Report of the Indian Hemp Drugs Commission, 1894-1895 - Volume VI
Year: 1894
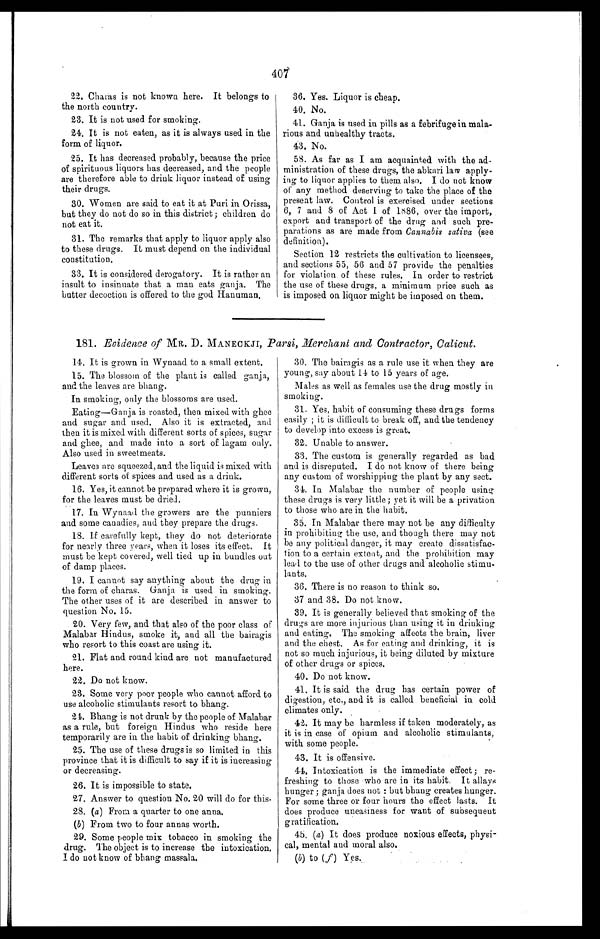
407
22. Charas is not known here. It belongs to
the north country.
23. It is not used for smoking.
24. It is not eaten, as it is always used in the
form of liquor.
25. It has decreased probably, because the price
of spirituous liquors has decreased, and the people
are therefore able to drink liquor instead of using
their drugs.
30. Women are said to eat it at Puri in Orissa,
but they do not do so in this district; children do
not eat it.
31. The remarks that apply to liquor apply also
to these drugs. It must depend on the individual
constitution.
33. It is considered derogatory. It is rather an
insult to insinuate that a man eats ganja. The
butter decoction is offered to the god Hanuman.
36. Yes. Liquor is cheap.
40. No.
41. Ganja is used in pills as a febrifuge in mala
-rious and unhealthy tracts.
43. No.
58. As far as I am acquainted with the ad
-ministration of these drugs, the abkari law apply
- i n g t o l i q u o r a p p l i e s t o t h e m a l s o . I d o n o t k n o w
of any method deserving to take the place of the
present law. Control is exercised under sections
6, 7 and 8 of Act 1 of 1886, over the import,
export and transport of the drug and such pre
- p a r a t i o n s a s a r e m a d e f r o mC
a n n a b i s s a t i v a
( s e e
definition).
Section 12 restricts the cultivation to licensees,
and sections 55, 56 and 57 provide the penalties
for violation of these rules. In order to restrict
the use of these drugs, a minimum price such as
is imposed on liquor might be imposed on them.
181. Evidence of MR. D . MANECKJI, Parsi, Merchant and Contractor, Calicut.
14. It is grown in Wynaad to a small extent.
15. The blossom of the plant is called ganja,
and the leaves are bhang.
In smoking, only the blossoms are used.
Eating—Ganja is roasted, then mixed with ghee
and sugar and used. Also it is extracted, and
then it is mixed with different sorts of spices, sugar
and ghee, and made into a sort of lagam only.
Also used in sweetmeats.
Leaves are squeezed, and the liquid is mixed with
different sorts of spices and used as a drink.
16. Yes, it cannot be prepared where it is grown,
for the leaves must be dried.
17. In Wynaad the growers are the punniers
and some canadies, and they prepare the drugs.
18. If carefully kept, they do not deteriorate
for nearly three years, when it loses its effect. It
must be kept covered, well tied up in bundles out
of damp places.
19. I cannot say anything about the drug in
the form of charas. Ganja is used in smoking.
The other uses of it are described in answer to
question No. 15.
20. Very few, and that also of the poor class of
Malabar Hindus, smoke it, and all the bairagis
who resort to this coast are using it.
21. Flat and round kind are not manufactured
here.
22. Do not know.
23. Some very poor people who cannot afford to
use alcoholic stimulants resort to bhang.
21. Bhang is not drunk by the people of Malabar
as a rule, but foreign Hindus who reside here
temporarily are in the habit of drinking bhang.
25. The use of these drugs is so limited in this
province that it is difficult to say if it is increasing
or decreasing.
26. It is impossible to state.
27. Answer to question No. 20 will do for this.
28. (a) From a quarter to one anna.
(b ) From two to four annas worth.
29. Some people mix tobacco in smoking the
drug. The object is to increase the intoxication.
I do not know of bhang massala.
30. The bairagis as a rule use it when they are
young, say about 14 to 15 years of age.
Males as well as females use the drug mostly in
smoking.
31. Yes, habit of consuming these drugs forms
easily ; it is difficult to break off, and the tendency
to develop into excess is great.
32. Unable to answer.
33. The custom is generally regarded as bad
and is disreputed. I do not know of there being
any custom of worshipping the plant by any sect.
34. In Malabar the number of people using
these drugs is very little; yet it will be a privation
to those who are in the habit.
35. In Malabar there may not be any difficulty
in prohibiting the use, and though there may not
be any political danger, it may create dissatisfac
- t i o n t o a c e r t a i n e x t e n t , a n d t h e p r o h i b i t i o n m a y
lead to the use of other drugs and alcoholic stimu
- l a n t s .
36. There is no reason to think so.
37 and 38. Do not know.
39. It is generally believed that smoking of the
drugs are more injurious than using it in drinking
and eating. The smoking affects the brain, liver
and the chest. As for eating and drinking, it is
not so much injurious, it being diluted by mixture
of other drugs or spices.
40. Do not know.
41. It is said the drug has certain power of
digestion, etc., and it is called beneficial in cold
climates only.
42.
It may be harmless if taken moderately, as
it is in case of opium and alcoholic stimulants,
with some people.
43. It is offensive.
44. Intoxication is the immediate effect; re
- f r e s h i n g t o t h o s e w h o a r e i n i t s h a b i t . I t a l l a y s
hunger; ganja does not: but bhang creates hunger.
For some three or four hours the effect lasts. It
does produce uneasiness for want of subsequent
gratification.
45. ( a) It does produce noxious effects, physi
- c a l , m e n t a l a n d m o r a l a l s o .
(b) to ( f ) Ye s .